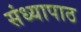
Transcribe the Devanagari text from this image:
संध्यापाठ